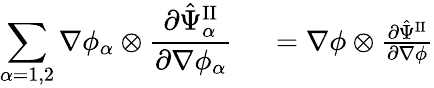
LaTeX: \begin{array}{rl}{\displaystyle\sum_{\alpha=1,2}\nabla\phi_{\alpha}\otimes\frac{\partial\hat{\Psi}_{\alpha}^{\mathrm{II}}}{\partial\nabla\phi_{\alpha}}}&{{}~=\nabla\phi\otimes\frac{\partial\hat{\Psi}^{\mathrm{II}}}{\partial\nabla\phi}}\end{array}